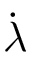
\dot { \lambda }